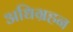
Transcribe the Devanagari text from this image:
अधिग्रहन